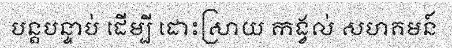
បន្តបន្ទាប់ ដើម្បី ដោះស្រាយ កង្វល់ សហគមន៍